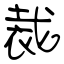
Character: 裁